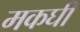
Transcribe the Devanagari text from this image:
मकघी